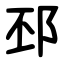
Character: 邳